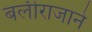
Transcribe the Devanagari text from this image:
बलीराजाने